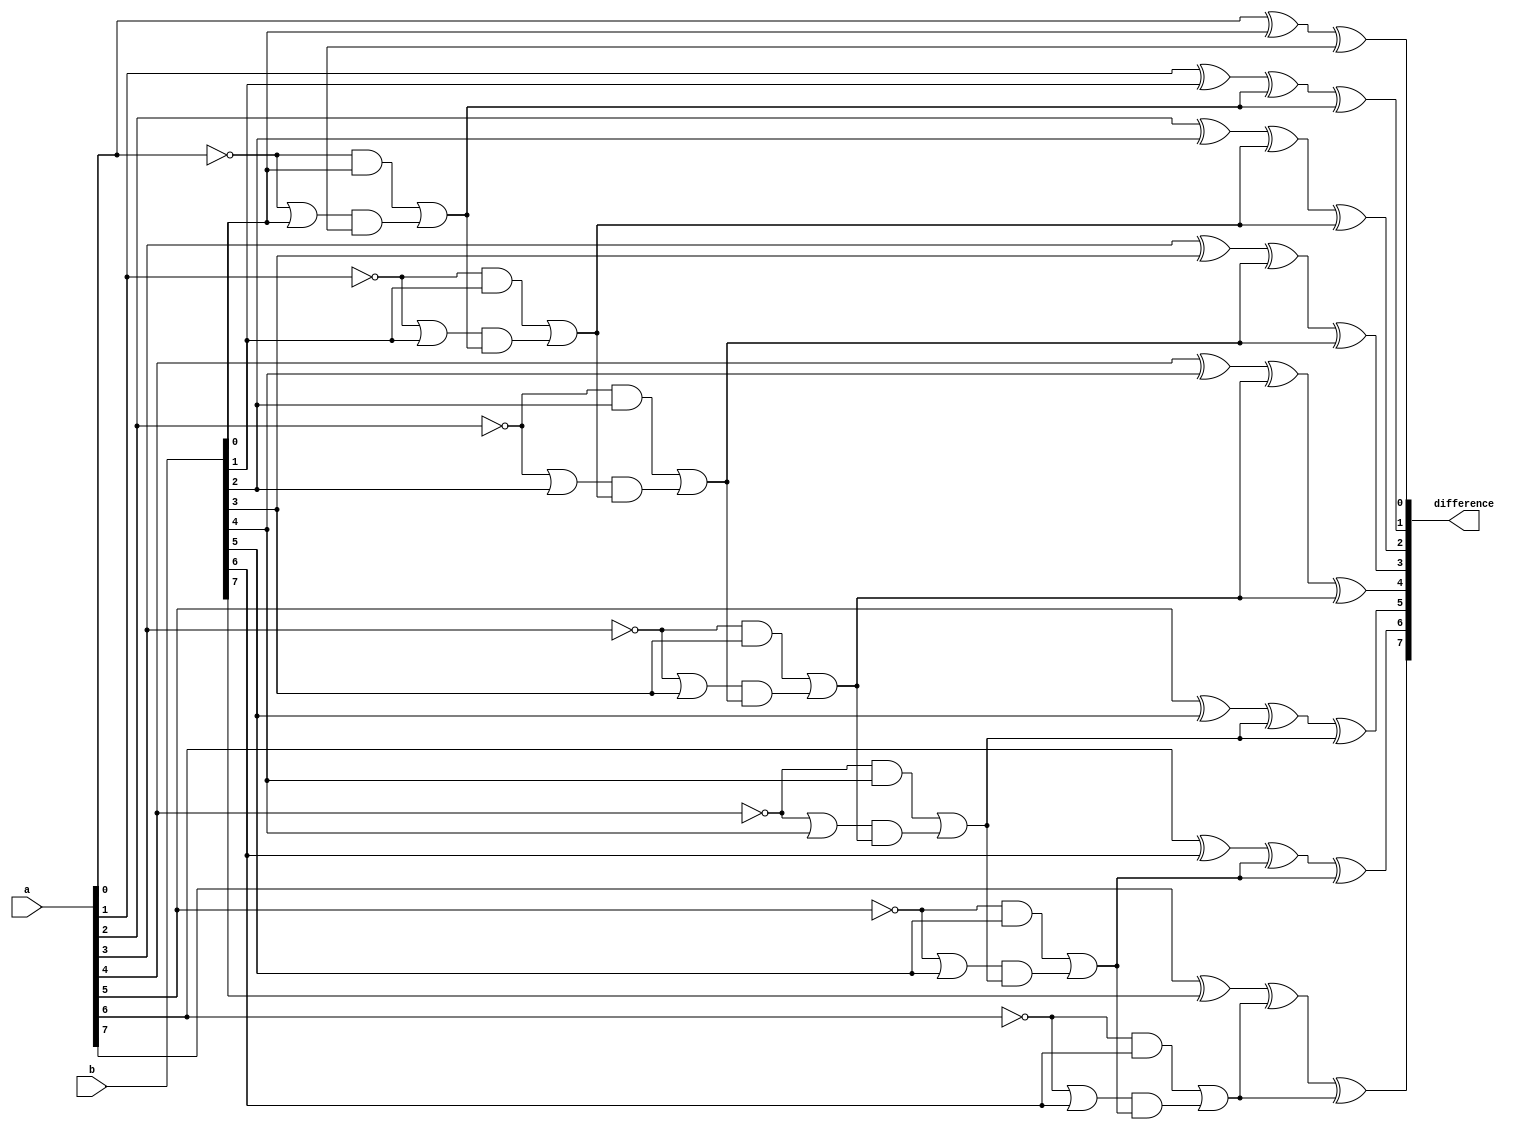
module ripple_subtractor(
    input [7:0] a,
    input [7:0] b,
    output [7:0] difference
);

wire [7:0] borrow;
wire [7:0] xor_out;

assign xor_out[0] = a[0] ^ b[0];
assign difference[0] = xor_out[0] ^ borrow[0];
assign borrow[1] = (~a[0] & b[0]) | ((~a[0] | b[0]) & borrow[0]);

genvar i;
generate
    for (i = 1; i < 8; i = i + 1) begin : GEN_LOOP
        assign xor_out[i] = a[i] ^ b[i] ^ borrow[i];
        assign difference[i] = xor_out[i] ^ borrow[i];
        assign borrow[i+1] = ((~a[i] & b[i]) | ((~a[i] | b[i]) & borrow[i]));
    end
endgenerate

endmodule